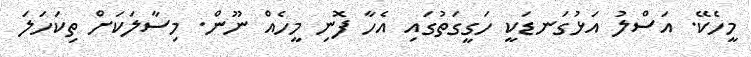
މީހެކޭ. އަސްލު އަޅުގަނޑަކީ ހަގީގަތުގައި އެހާ ފޮނި މީހެއް ނޫން. މިސާލަކަށް ތިކަހަލަ